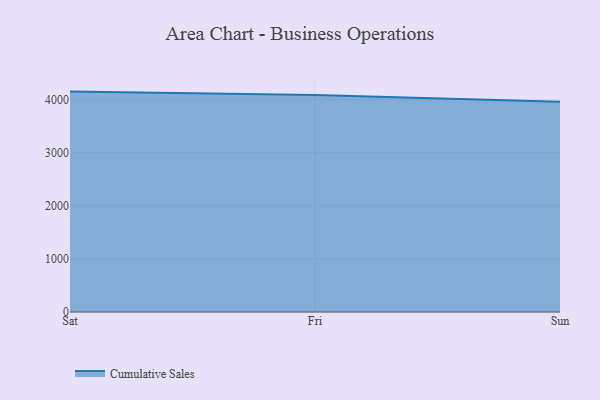
{"axis": {"x": "Day", "y": "Gross Profit (USD K)"}, "legend": ["Cumulative Sales"], "data": [{"x": "Sat", "y": 4149.4, "type": "Cumulative Sales"}, {"x": "Fri", "y": 4087.3, "type": "Cumulative Sales"}, {"x": "Sun", "y": 3958.4, "type": "Cumulative Sales"}]}